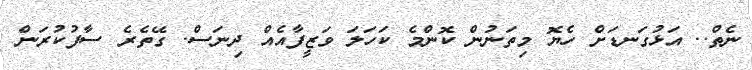
ނެތް.. އަޅުގަނޑަށް ހެޔޮ މިތަނުން ކޮންމެ ކަހަލަ ވަޒީފާއެއް ދިނަސް. ގޭތެރެ ސާފުކުރަން